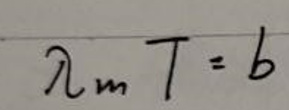
$\lambda_m T = b$